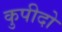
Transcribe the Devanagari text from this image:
कुपीदो